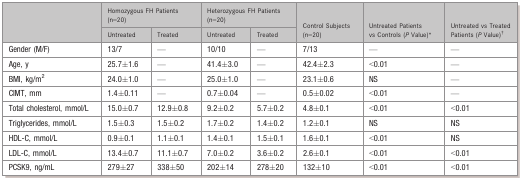
<table><thead><tr><td rowspan="2"></td><td colspan="2"><b>Homozygous FH Patients (n=20)</b></td><td colspan="2"><b>Heterozygous FH Patients (n=20)</b></td><td rowspan="2"><b>Control Subjects (n=20)</b></td><td rowspan="2"><b>Untreated Patients vs Controls (<i>P</i> Value)*</b></td><td rowspan="2"><b>Untreated vs Treated Patients (<i>P</i> Value)*</b></td></tr><tr><td><b>Untreated</b></td><td><b>Treated</b></td><td><b>Untreated</b></td><td><b>Treated</b></td></tr></thead><tbody><tr><td>Gender (M/F)</td><td>13/7</td><td>—</td><td>10/10</td><td>—</td><td>7/13</td><td>—</td><td>—</td></tr><tr><td>Age, y</td><td>25.7±1.6</td><td>—</td><td>41.4±3.0</td><td>—</td><td>42.4±2.3</td><td>&lt;0.01</td><td>—</td></tr><tr><td>BMI, kg/m<sup>2</sup></td><td>24.0±1.0</td><td>—</td><td>25.0±1.0</td><td>—</td><td>23.1±0.6</td><td>NS</td><td>—</td></tr><tr><td>CIMT, mm</td><td>1.4±0.11</td><td>—</td><td>0.7±0.04</td><td>—</td><td>0.5±0.02</td><td>&lt;0.01</td><td>—</td></tr><tr><td>Total cholesterol, mmol/L</td><td>15.0±0.7</td><td>12.9±0.8</td><td>9.2±0.2</td><td>5.7±0.2</td><td>4.8±0.1</td><td>&lt;0.01</td><td>&lt;0.01</td></tr><tr><td>Triglycerides, mmol/L</td><td>1.5±0.3</td><td>1.5±0.2</td><td>1.7±0.2</td><td>1.4±0.2</td><td>1.2±0.1</td><td>NS</td><td>NS</td></tr><tr><td>HDL‐C, mmol/L</td><td>0.9±0.1</td><td>1.1±0.1</td><td>1.4±0.1</td><td>1.5±0.1</td><td>1.6±0.1</td><td>&lt;0.01</td><td>NS</td></tr><tr><td>LDL‐C, mmol/L</td><td>13.4±0.7</td><td>11.1±0.7</td><td>7.0±0.2</td><td>3.6±0.2</td><td>2.6±0.1</td><td>&lt;0.01</td><td>&lt;0.01</td></tr><tr><td>PCSK9, ng/mL</td><td>279±27</td><td>338±50</td><td>202±14</td><td>278±20</td><td>132±10</td><td>&lt;0.01</td><td>&lt;0.01</td></tr></tbody></table>